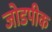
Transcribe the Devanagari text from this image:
जोडपीक